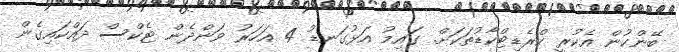
ބޭންކުން އެކުރީ ކްރެޑިޓްކާޑުތަކަށް. ގައިމު އަޅުގަނޑު 4 އަހަރު ވަންދެން ޓެކްސް ދައްކައިގެން